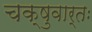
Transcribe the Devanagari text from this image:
चक्षुवार्तः